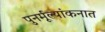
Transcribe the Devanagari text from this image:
पुनर्मूल्यांकनात